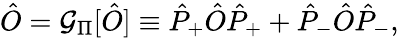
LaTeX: \hat{O}=\mathcal{G}_{\Pi}[\hat{O}]\equiv\hat{P}_{+}\hat{O}\hat{P}_{+}+\hat{P}_{-}\hat{O}\hat{P}_{-},